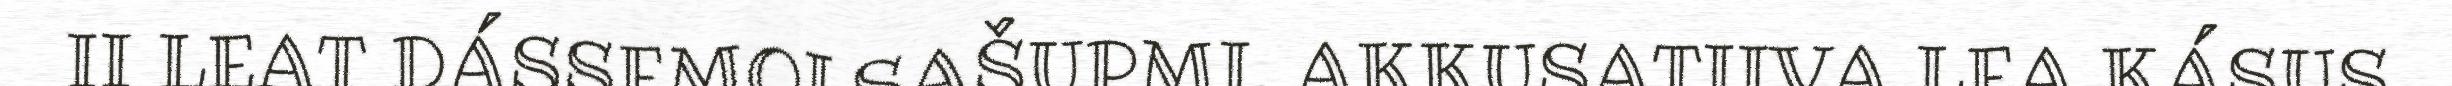
II LEAT DÁSSEMOLSAŠUPMI. AKKUSATIIVA LEA KÁSUS